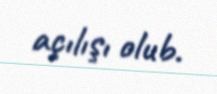
açılışı olub.